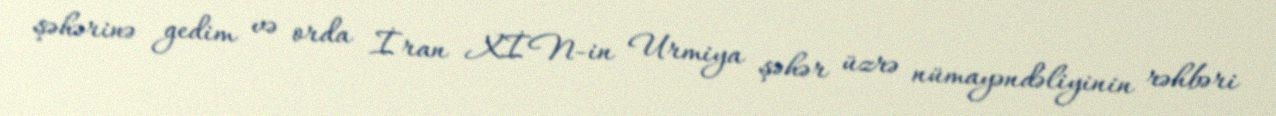
şəhərinə gedim və orda İran XİN-in Urmiya şəhər üzrə nümayəndəliyinin rəhbəri